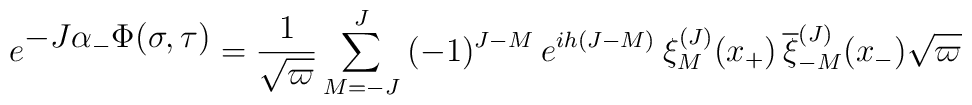
e^{\textstyle -J\alpha_-\Phi(\sigma, \tau )}={1\over \sqrt{\varpi}}\sum _{M=-J}^J\> (-1)^{J-M}  \>e^{ih(J-M)}\>\xi_M^{(J)}(x_+)\,{\overline \xi_{-M}^{(J)}}(x_-) \sqrt{\varpi}